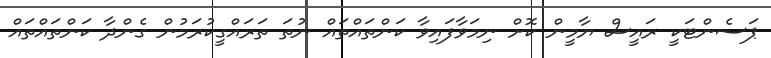
ޕަސެންޓަކީ ރައީސް ޔާމީން ކޮށް ނިމަވާފައިވާ ކަންތައްތައް ނުތަ ތަރައްގީކުރަމުން ގެންދާ ކަންތައްތައް